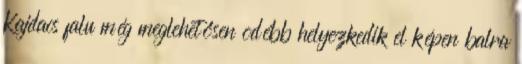
Kajdacs falu még meglehetősen odébb helyezkedik el képen balra